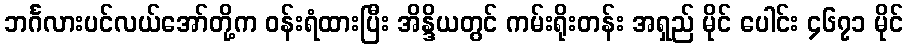
ဘင်္ဂလားပင်လယ်အော်တို့က ဝန်းရံထားပြီး အိန္ဒိယတွင် ကမ်းရိုးတန်း အရှည် မိုင် ပေါင်း ၄၆၇၁ မိုင်